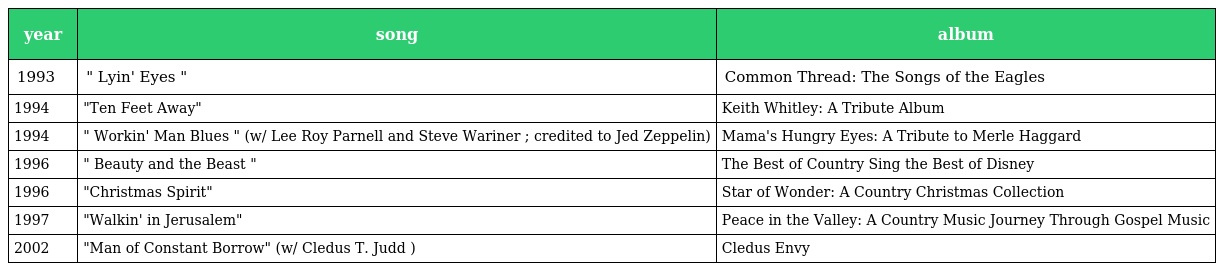
| year | song | album |
 | --- | --- | --- |
 | 1993 | " Lyin' Eyes " | Common Thread: The Songs of the Eagles |
 | 1994 | "Ten Feet Away" | Keith Whitley: A Tribute Album |
 | 1994 | " Workin' Man Blues " (w/ Lee Roy Parnell and Steve Wariner ; credited to Jed Zeppelin) | Mama's Hungry Eyes: A Tribute to Merle Haggard |
 | 1996 | " Beauty and the Beast " | The Best of Country Sing the Best of Disney |
 | 1996 | "Christmas Spirit" | Star of Wonder: A Country Christmas Collection |
 | 1997 | "Walkin' in Jerusalem" | Peace in the Valley: A Country Music Journey Through Gospel Music |
 | 2002 | "Man of Constant Borrow" (w/ Cledus T. Judd ) | Cledus Envy |